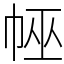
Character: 𢃀